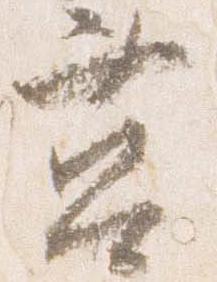
筥